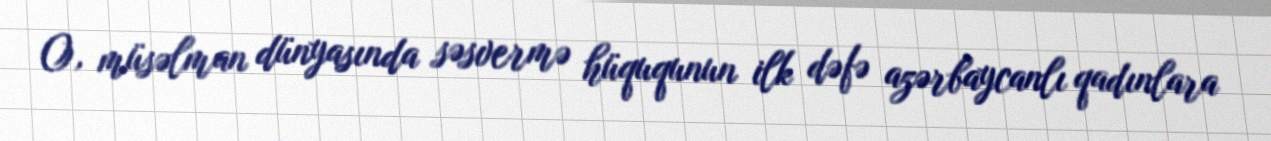
O, müsəlman dünyasında səsvermə hüququnun ilk dəfə azərbaycanlı qadınlara